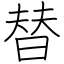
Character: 替